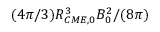
( 4 \pi / 3 ) R _ { C M E , 0 } ^ { 3 } { B _ { 0 } ^ { 2 } } / { ( 8 \pi ) }